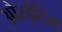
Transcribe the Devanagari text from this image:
औरइंदिरा